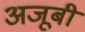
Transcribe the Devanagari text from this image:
अजूबी